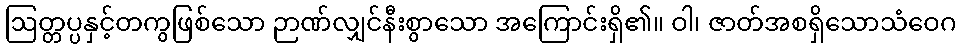
ဩတ္တပ္ပနှင့်တကွဖြစ်သော ဉာဏ်လျှင်နီးစွာသော အကြောင်းရှိ၏။ ဝါ၊ ဇာတ်အစရှိသောသံဝေဂ